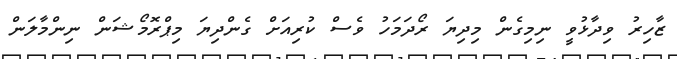
ޒާހިރު ވިދާޅުވީ ނިމިގެން މިދިޔަ ރޯދަމަހު ވެސް ކުރިއަށް ގެންދިޔަ މިޕްރޮމޯޝަން ނިންމާލަން